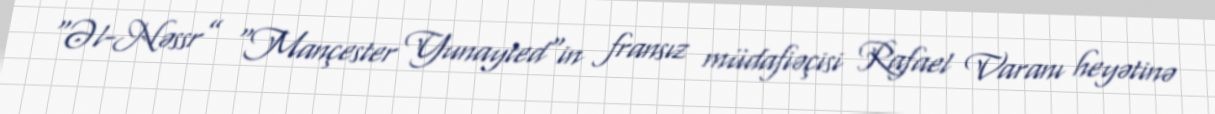
“Əl-Nəssr” "Mançester Yunayted"in fransız müdafiəçisi Rafael Varanı heyətinə